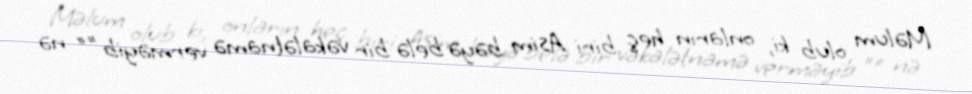
Məlum olub ki, onların heç biri Asim bəyə belə bir vəkalətnamə verməyib ”“ nə